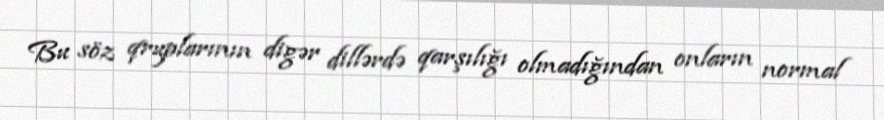
Bu söz qruplarının digər dillərdə qarşılığı olmadığından onların normal